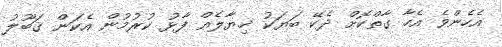
އެހެންވެ އެހާ ގާތްކޮށް ދެކޭ ބަޔަކު ޚިޔާލެއް ފާޅު ކުރުމުން އެކަން ޤަބޫލު